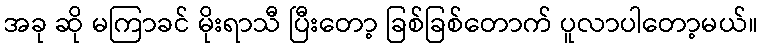
အခု ဆို မကြာခင် မိုးရာသီ ပြီးတော့ ခြစ်ခြစ်တောက် ပူလာပါတော့မယ်။